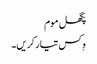
پگھل موم
وِکس تیار کریں۔